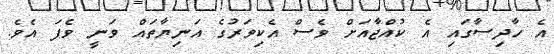
އެ ހާދިސާގައި އެ ކުއްޖާއަށް ވެސް އެކިވަރުގެ އަނިޔާތައް ވަނީ ވެފަ އެވެ.